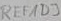
Text: REFADJ